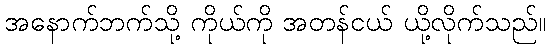
အနောက်ဘက်သို့ ကိုယ်ကို အတန်ငယ် ယို့လိုက်သည်။